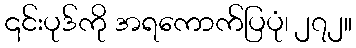
၎င်းပုဒ်ကို အရကောက်ပြပုံ၊ ၂၇၂။